Leaving Certificate Examination, 1923
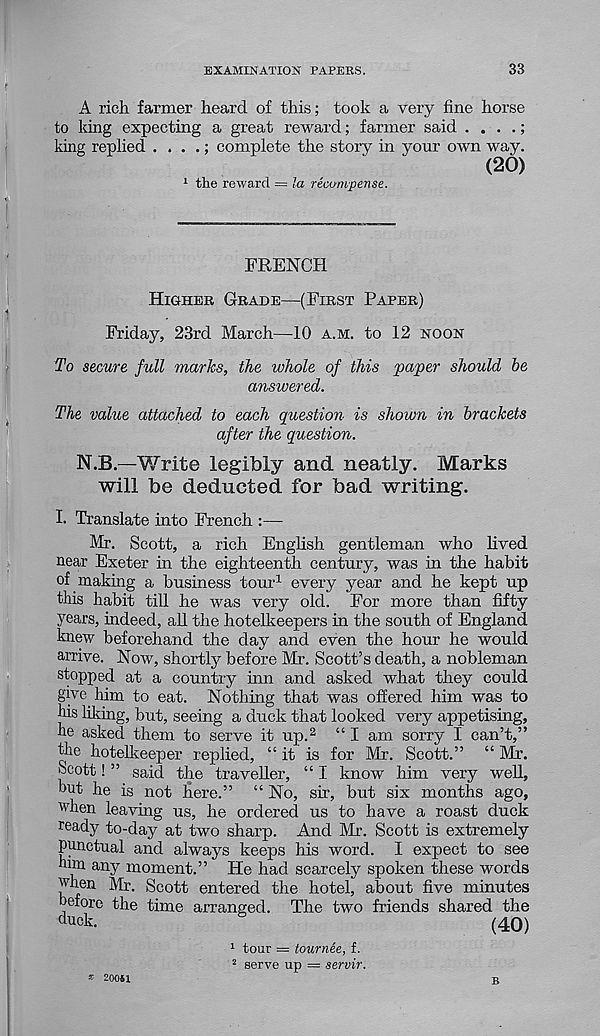
EXAMINATION PAPERS.
33
A rich farmer heard of this; took a very fine horse
to king expecting a great reward; farmer said . . . .;
king replied . . . .; complete the story in your own way.
(20)
1 the reward = la recompense.
FRENCH
Higher Grade—(First Paper)
Friday, 23rd March—10 a.m. to 12 noon
To secure full marks, the whole of this paper should be
answered.
The value attached to each question is shown in brackets
after the question.
N.B.—¥/rite legibly and neatly. Marks
will be deducted for bad writing.
I. Translate into French :—-
Mr. Scott, a rich English gentleman who lived
near Exeter in the eighteenth century, was in the habit
of making a business tour 1 every year and he kept up
this habit till he was very old. For more than fifty
years, indeed, all the hotelkeepers in the south of England
knew beforehand the day and even the hour he would
amve. Now, shortly before Mx. Scott’s death, a nobleman
stopped at a country inn and asked what they could
give him to eat. Nothing that was offered him was to
Ins liking, but, seeing a duck that looked very appetising,
he asked them to serve it up. 2 “ I am sorry I can’t,”
the hotelkeeper replied, “it is for Mr. Scott.” “ Mx.
Scott! ” said the traveller, “ I know him very well,
but he is not here.” “ No, sir, but six months ago,
when leaving us, he ordered us to have a roast duck
ready to-day at two sharp. And Mr 1 . Scott is extremely
punctual and always keeps his word. I expect to see
him any moment.” He had scarcely spoken these words
when Mr. Scott entered the hotel, about five minutes
before the time arranged. The two friends shared the
duck.
(40)
1 tour = tournee, f.
2 serve up = servir.
* 20061
b